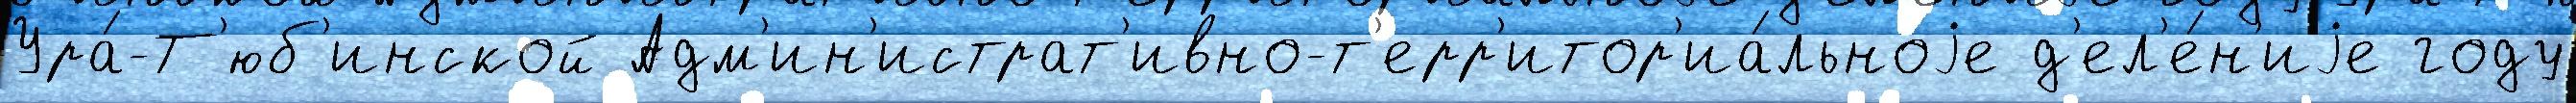
Ура́-Т'юб'инской Адм'ин'истрат'ивно-т'ерр'итор'иа́льноjе д'ел'е́н'иjе году